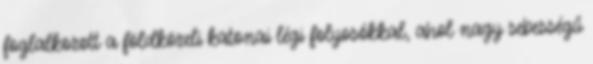
foglalkozott a földközeli katonai légi folyosókkal, ahol nagy sebességű